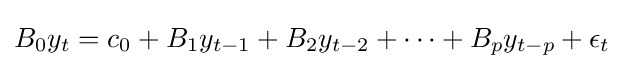
B_{0}y_{t}=c_{0}+B_{1}y_{t-1}+B_{2}y_{t-2}+\cdots +B_{p}y_{t-p}+\epsilon _{t}